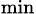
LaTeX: _{\textrm{{min}}}